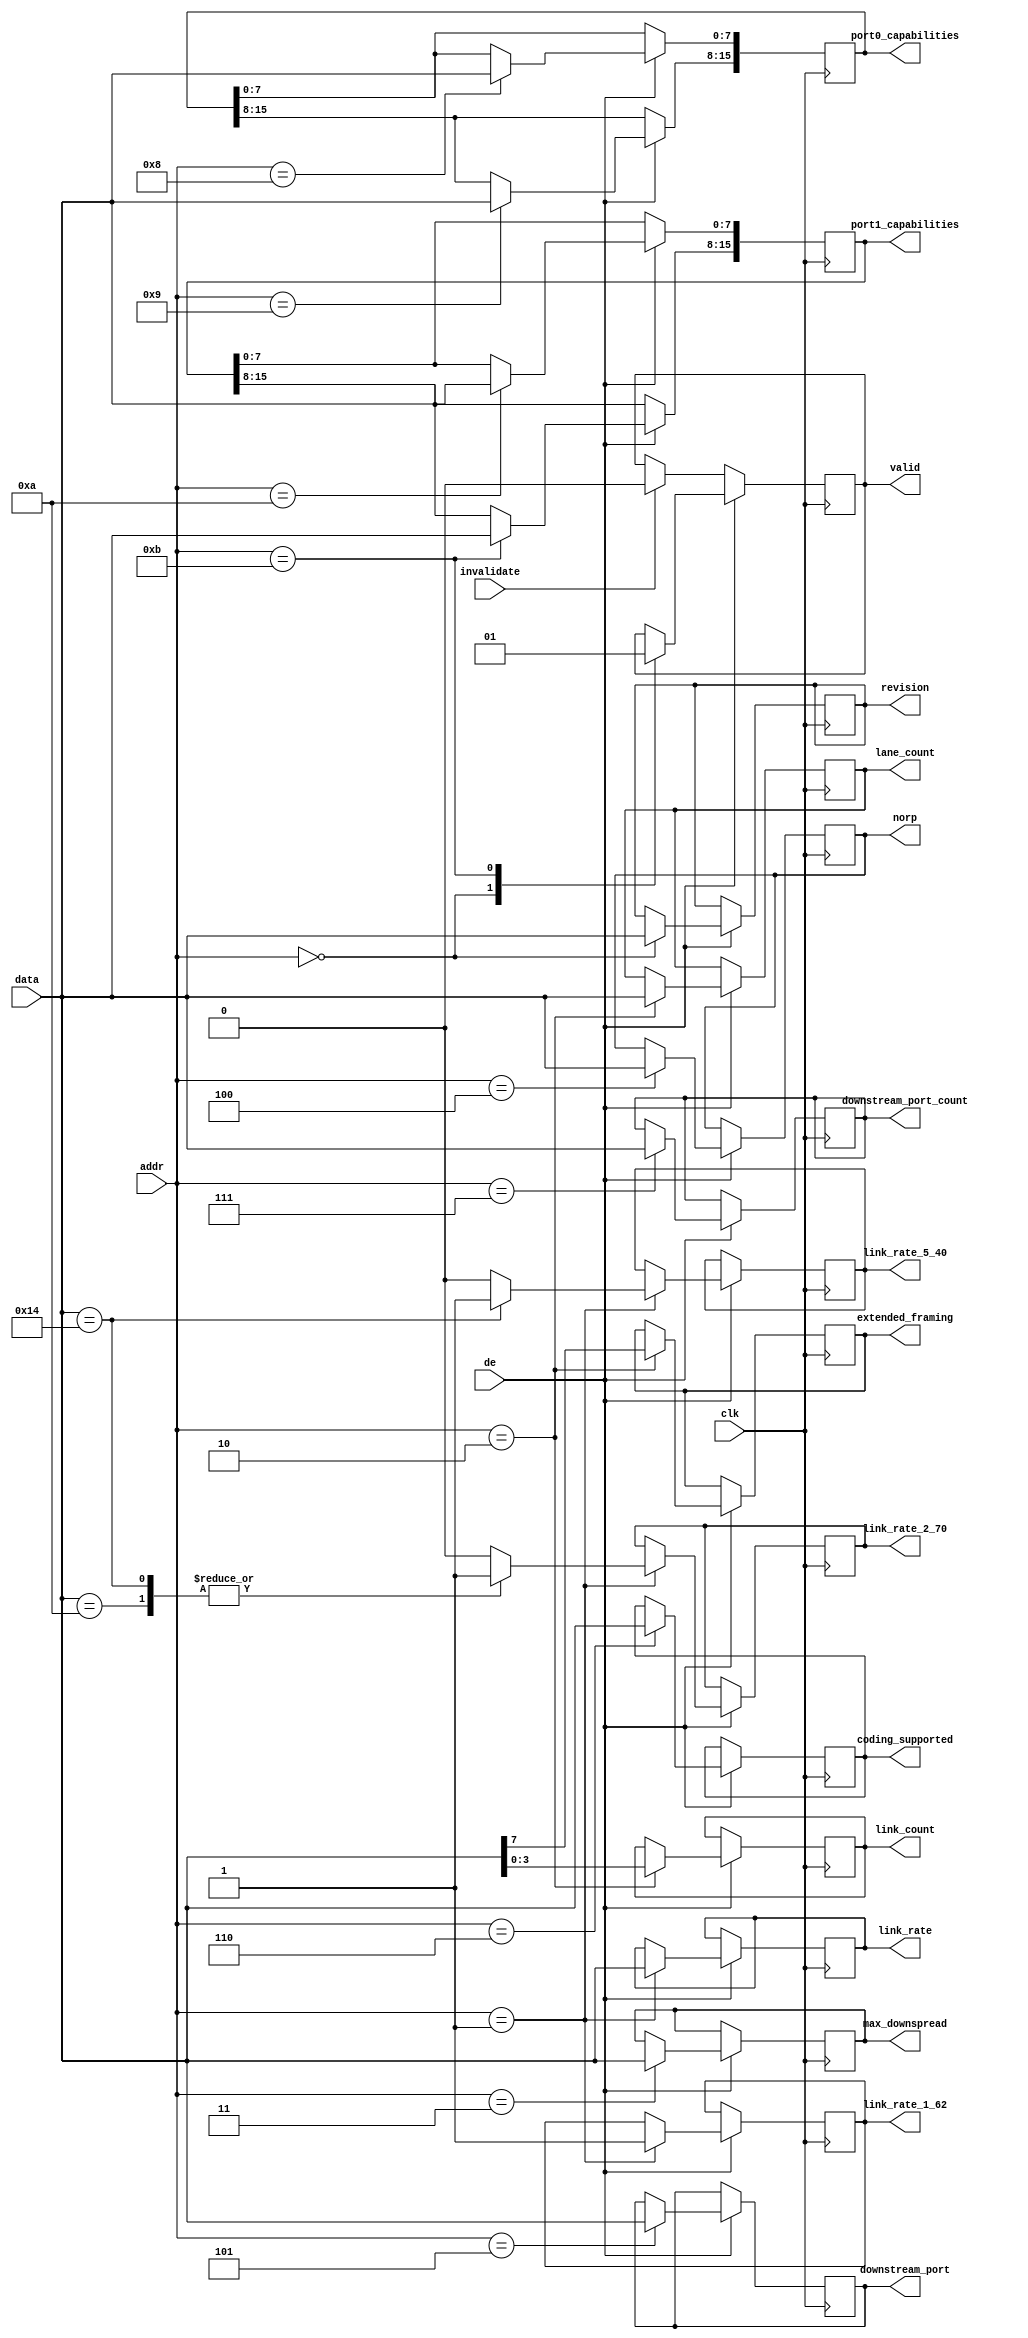
///////////////////////////////////////////////////////////////////////////////
// ./src/auxch/dp_register_decode.v : 
//
//
// Part of the DisplayPort_Verlog project - an open implementation of the 
// DisplayPort protocol for FPGA boards. 
//
// See https://github.com/hamsternz/DisplayPort_Verilog for latest versions.
//
///////////////////////////////////////////////////////////////////////////////
// Version |  Notes
// ----------------------------------------------------------------------------
//   1.0   | Initial Release
//
///////////////////////////////////////////////////////////////////////////////
//
// MIT License
// 
// Copyright (c) 2019 Mike Field
// 
// Permission is hereby granted, free of charge, to any person obtaining a copy
// of this software and associated documentation files (the "Software"), to deal
// in the Software without restriction, including without limitation the rights
// to use, copy, modify, merge, publish, distribute, sublicense, and/or sell
// copies of the Software, and to permit persons to whom the Software is
// furnished to do so, subject to the following conditions:
// 
// The above copyright notice and this permission notice shall be included in all
// copies or substantial portions of the Software.
// 
// THE SOFTWARE IS PROVIDED "AS IS", WITHOUT WARRANTY OF ANY KIND, EXPRESS OR
// IMPLIED, INCLUDING BUT NOT LIMITED TO THE WARRANTIES OF MERCHANTABILITY,
// FITNESS FOR A PARTICULAR PURPOSE AND NONINFRINGEMENT. IN NO EVENT SHALL THE
// AUTHORS OR COPYRIGHT HOLDERS BE LIABLE FOR ANY CLAIM, DAMAGES OR OTHER
// LIABILITY, WHETHER IN AN ACTION OF CONTRACT, TORT OR OTHERWISE, ARISING FROM,
// OUT OF OR IN CONNECTION WITH THE SOFTWARE OR THE USE OR OTHER DEALINGS IN THE
// SOFTWARE.
//
///////////////////////////////////////////////////////////////////////////////
//
// Want to say thanks?
//
// This design has taken many hours - 3 months of work for the initial VHDL
// design, and another month or so to convert it to Verilog for this release.
//
// I'm more than happy to share it if you can make use of it. It is released
// under the MIT license, so you are not under any onus to say thanks, but....
//
// If you what to say thanks for this design either drop me an email, or how about
// trying PayPal to my email (hamster@snap.net.nz)?
//
//  Educational use - Enough for a beer
//  Hobbyist use    - Enough for a pizza
//  Research use    - Enough to take the family out to dinner
//  Commercial use  - A weeks pay for an engineer (I wish!)
//
///////////////////////////////////////////////////////////////////////////////
`timescale 1ns / 1ps

module dp_register_decode(
   input wire         clk,

   input wire         de,
   input wire  [7:0]  data,
   input wire  [7:0]  addr,
   input wire         invalidate,

   output reg        valid,
 
   output reg [7:0]  revision,
   output reg [7:0]  link_rate,
   output reg        link_rate_2_70,
   output reg        link_rate_1_62,
   output reg        link_rate_5_40,
   output reg        extended_framing,
   output reg [7:0]  lane_count,
   output reg [3:0]  link_count,
   output reg [7:0]  max_downspread,
   output reg [7:0] downstream_port,
   output reg [7:0] downstream_port_count,
   output reg [7:0]  coding_supported,
   output reg [15:0] port0_capabilities,
   output reg [15:0] port1_capabilities,
   output reg [7:0]  norp
);

initial begin
    valid              = 1'b0;
    revision           = 8'hFF;
    link_rate          = 8'hFF;
    link_rate_5_40     = 1'b0;
    link_rate_2_70     = 1'b0;
    link_rate_1_62     = 1'b1;
    extended_framing   = 1'b0;
    lane_count         = 8'hFF;
    link_count         = 3'b0;
    max_downspread     = 8'hFF;
    downstream_port    = 8'hFF;
    downstream_port_count = 8'hFF;
    coding_supported   = 8'hFF;
    port0_capabilities = 16'hFFFF;
    port1_capabilities = 16'hFFFF;
    norp               = 8'hFF;
end

always @(posedge clk) begin
    if(de == 1'b1) begin
        case(addr)
            8'h00: begin
                       valid    <= 1'b0;
                       revision <= data;
                   end
            8'h01: begin
                       link_rate <= data;
                       case(data) 
                              8'h06:   begin
                                           link_rate_5_40 <= 1'b0;
                                           link_rate_2_70 <= 1'b0;
                                           link_rate_1_62 <= 1'b1;
                                       end
                              8'h0A:   begin
                                           link_rate_5_40 <= 1'b0;
                                           link_rate_2_70 <= 1'b1;
                                           link_rate_1_62 <= 1'b1;
                                       end
                              8'h14:   begin
                                           link_rate_5_40 <= 1'b1;
                                           link_rate_2_70 <= 1'b1;
                                           link_rate_1_62 <= 1'b1;
                                       end
                              default: begin
                                           link_rate_5_40 <= 1'b0;
                                           link_rate_2_70 <= 1'b0;
                                           link_rate_1_62 <= 1'b1;
                                       end
                       endcase
                   end
            8'h02: begin
                       lane_count       <= data;
                       extended_framing <= data[7];
                       link_count       <= data[3:0];         
                   end
            8'h03: begin
                       max_downspread   <= data;
                   end
            8'h04: begin
                       norp             <= data;
                   end
            8'h05: begin
                       downstream_port  <= data;
                   end
            8'h06: begin
                       coding_supported <= data;    
                   end
            8'h07: begin
                       downstream_port_count <= data;
                   end
            8'h08: begin
                       port0_capabilities[7:0] <= data;
                   end
            8'h09: begin
                       port0_capabilities[15:8]<= data;
                   end
            8'h0A: begin
                       port1_capabilities[7:0] <= data;
                   end
            8'h0B: begin
                       port1_capabilities[15:8]<= data;
                       valid <= 1'b1;
                   end
        endcase

        //----------------------------------------------
        // Allow for an external event to invalidate the 
        // outputs (e.g. hot plug)
        //----------------------------------------------
    end
    else if (invalidate == 1'b1) begin
       valid <= 1'b0;
    end
end
endmodule